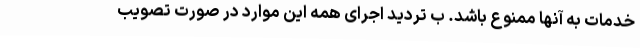
خدمات به آنها ممنوع باشد. ب تردید اجرای همه این موارد در صورت تصویب